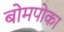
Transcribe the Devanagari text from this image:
बोमपोका